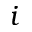
i